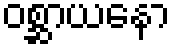
ဝစ္ဆာယနော